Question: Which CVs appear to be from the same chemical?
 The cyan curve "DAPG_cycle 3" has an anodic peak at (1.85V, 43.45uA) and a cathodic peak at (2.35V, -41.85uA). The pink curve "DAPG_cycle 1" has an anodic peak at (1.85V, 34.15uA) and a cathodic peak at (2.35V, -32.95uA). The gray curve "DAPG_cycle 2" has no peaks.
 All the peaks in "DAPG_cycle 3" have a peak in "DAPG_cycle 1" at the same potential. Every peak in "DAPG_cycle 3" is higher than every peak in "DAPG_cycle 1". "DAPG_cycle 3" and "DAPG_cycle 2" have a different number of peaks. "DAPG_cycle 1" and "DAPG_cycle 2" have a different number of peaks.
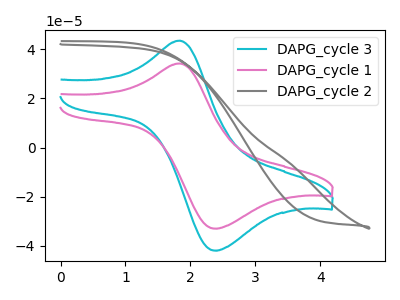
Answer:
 <answer>"DAPG_cycle 1" and "DAPG_cycle 3" have the same shape and are likely CV's of the same chemical.</answer>
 <eval>"DAPG_cycle 1" "DAPG_cycle 3"</eval>